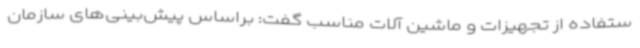
ستفاده از تجهیزات و ماشین آلات مناسب گفت: براساس پیش‌بینی‌های سازمان